Report on vaccination in Madras 1922-1929 - 1922-1929
Year: 1922
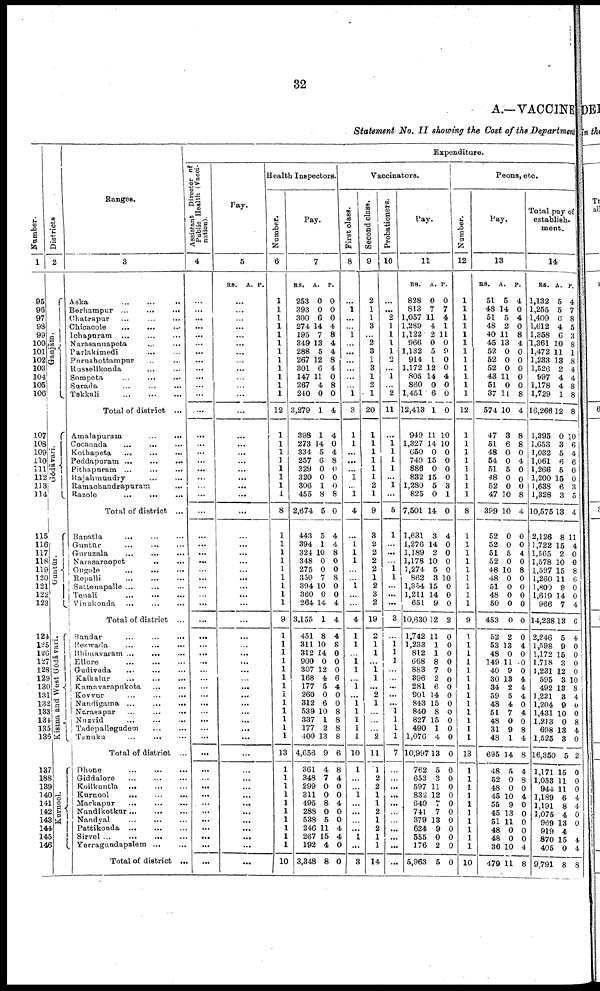
32
A.—VACCINE
Statement No. II showing the Cost of the Department
Number.
1
95
96
97
98
99
100
101
102
103
104
105
106
107
108
109
110
111
112
113
114
115
116
117
118
119
120
121
122
123
124
125
126
127
128
129
130
131
132
133
134
135
136
137
138
139
140
141
142
143
144
145
146
Districts
2
Ganjām.
Gōdāvari.
Guntūr.
Kistna and West Gōdāvari.
Kurnool.
Ranges.
3
Aska ... ... ...
Berhampur
...
...
...
Chatrapur ... ... ...
Chicacole ... ... ...
Ichapuram ... ... ...
Narasannapeta ... ...
Parlakimedi ... ... ...
Purushottampur ... ...
Russellkonda ... ...
Sompeta
...
...
...
Surada
...
...
...
Takkali
...
...
...
Total of district ...
Amalapuram
...
...
Cocanada ... ... ...
Kothapeta ... ... ...
Peddapuram
...
...
...
Pithapuram
...
...
...
Rajahmundry ... ...
Ramachandrapuram ...
Razole ... ... ...
Total of district. ...
Bapatla
... ... ...
Guntūr ... ... ...
Guruzala
...
...
...
Narasaraopet
...
...
Ongole ... ... ...
Repalli ... ... ...
Sattenapalle ... ... ...
Tenali
...
...
...
Vinukonda
...
...
...
Total of district ...
Bandar
...
...
...
Bezwada ... ... ...
Bhimavaram ... ... ...
Ellore
...
...
...
Gudivada ... ... ...
Kaikalur ... ... ...
Kamavarapukota ... ...
Kovvur
...
...
...
Nandigama
...
...
...
Narasapur
...
...
...
Nuzvid ... ... ...
Tadepallegudem
...
...
Tanuku ... ... ...
Total of district ...
Dhone
...
...
...
Giddalore ... ... ...
Koilkuntla ...
... ...
Kurnool
...
...
...
Markapur
... ... ...
Nandikotkur
...
...
...
Nandyal ... ... ...
Pattikonda
...
...
...
Sirvel ...
...
...
...
Yerragundapalem ... ...
Total of district ...
Expenditure.
Assistant Director of
Public Health (Vacci-
nation).
4
...
...
...
...
...
...
...
...
...
...
...
...
...
...
...
...
...
...
...
...
...
...
...
...
...
...
...
...
...
...
...
...
...
...
...
...
...
...
...
...
...
...
...
...
...
...
...
...
...
...
...
...
...
...
...
...
...
Pay.
5
RS. A. P.
...
...
...
...
...
...
...
...
...
...
...
...
...
...
...
...
...
...
...
...
...
...
...
...
...
...
...
...
...
...
...
...
...
...
...
...
...
...
...
...
...
...
...
...
...
...
...
...
...
...
...
...
...
...
...
...
...
Health Inspectors.
Number.
6
1
1
1
1
1
1
1
1
1
1
1
1
12
1
1
1
1
1
1
1
1
8
1
1
1
1
1
1
1
1
1
9
1
1
1
1
1
1
1
1
1
1
1
1
1
13
1
1
1
1
1
1
1
1
1
1
10
Pay.
7
RS.
253
393
300
274
195
349
288
267
301
147
267
240
3,279
398
273
334
257
329
320
306
455
2,674
443
394
324
348
275
350
394
360
264
3,155
451
311
312
900
307
168
177
260
312
539
337
177
400
4,656
361
348
299
311
495
288
538
246
267
192
3,348
A.
0
0
6
14
7
13
5
12
6
11
4
0
1
1
14
5
6
0
0
1
8
5
5
1
10
0
0
7
10
0
14
1
8
10
14
0
12
4
5
0
6
10
1
2
13
9
4
7
0
0
8
0
5
11
15
4
8
P.
0
0
0
4
8
4
4
8
4
0
8
0
4
4
0
4
8
0
0
0
8
0
4
4
8
0
0
8
0
0
4
4
4
8
0
0
0
6
4
0
0
8
8
8
8
6
8
4
0
0
4
0
0
4
4
0
0
Vaccinators.
First class.
8
...
1
...
...
1
...
...
...
...
...
...
1
3
1
1
...
...
...
1
...
1
4
...
1
1
1
...
...
1
...
...
4
1
1
...
1 1
...
1
...
1
1
1
1
1
10
1
...
...
1
...
...
...
...
1
...
3
Second class.
9
2
1
1
3
...
2
3
1
3
1
2
1
20
1
1
1
1
1
1
2
1
9
3
2
2
2
2
1
2
3
2
19
2
1
1
...
1
1
...
2
1
...
...
...
2
11
1
2
2
1
1
2
1
2
1
1
14
Probationers.
10
...
...
2
1
1
1
1
2
...
1
...
2
11
...
1 1
1
1
...
1
...
5
1
...
...
...
1
1
...
...
...
3
...
1
1
1
...
...
...
...
...
1
1
1
1
7
...
...
...
...
...
...
...
...
...
...
...
Pay.
11
RS.
828
813
1,057
1,289
1,122
966
1,132
914
1,172
805
860
1,451
12,413
949
1,327
650
749
886
832
1,280
825
7,501
1,631
1,276
1,189
1,178
1,274
862
1,354
1,211
651
10,630
1,742
1,233
812
668
883
396
281
901
843
840
827
490
1,076
10,997
762
653
597
832
640
741
379
624
555
176
5,963
A.
0
7
11
4
2
0
5
1
12
14
0
6
1
11
14
0
15
0
15
5
0
14
3
14
2
10
5
3
15
14
9
12
11
1
1
8
7
2
6
14
15
8
15
1
4
13
5
3
11
12
7
7
13
9
0
2
5
P.
0
7
4
1
11
0
9
0
0
4
0
0
0
10
10
0
0
0
0
3
1
0
4
0
0
0
0
10
0
0
0
2
0
0
0
0
0
0
0
0
0
0
0
0
0
0
0
0
0
0
0
0
0
0
0
0
0
Peons, etc.
Number.
12
1
1
1
1
1
1
1
1
1
1
1
1
12
1
1
1
1
1
1
1
1
8
1
1
1
1
1
1
1
1
1
9
1
1
1
1
1
1
1
1
1
1
1
1
1
13
1
1
1
1
1
1
1
1
1
1
10
Pay.
13
RS.
51
48
51
48
40
45
52
52
52
43
51
37
574
47
51
48
54
51
48
52
47
399
52
52
51
52
48
48
51
48
50
453
52
53
48
149
40
30
34
59
48
51
48
31
48
695
48
52
48
45
55
45
51
48
48
36
479
A.
5
14
5
2
11
13
0
0
0
11
0
11
10
3
6
0
0
5
0
0
10
10
0
0
5
0
10
0
0
0
0
0
2
13
0
11
9
13
2
5
4
7
0
9
1
14
5
0
0
10
9
13
11
0
0
10
11
P.
4
0
4
0
8
4
0
0
0
0
0
8
4
8
8
0
4
0
0
0
8
4
0
0
4
0
8
0
0
0
0
0
0
4
0
0
0
4
4
4
0
4
0
8
4
8
4
8
0
4
0
0
0
0 0
4
8
Total pay of
establish-
ment.
14
RS.
1,132
1,255
1,409
1,612
1,358
1,361
1,472
1,233
1,526
997
1,178
1,729
16,266
1,395
1,653
1,032
1,061
1,266
1,200
1,638
1,328
10,575
2,126
1,722
1,565
1,578
1,597
1,260
1,800
1,619
966
14,238
2,246
1,598
1,172
1,718
1,231
595
492
1,221
1,204
1,431
1,213
698
1,525
16,350
1,171
1,053
944
1,189
1,191
1,075
969
919
870
405
9,791
A.
5
5
6
4
6
10
11
13
2
4
4
1
12
0
3
5
6
5
15
6
3
13
8
15
2
10
15
11
9
14
7
13
5
9
15
3
12
3
13
3
9
10
0
13
3
5
15
11
11
6
8
4
13
4
15
0
8
P.
4
7
8
5
3
8
1
8
4
4
8
8
8
10
6
4
6
0
0
3
5
4
11
4
0
0
8
6
0
0
4
6
4
0
0
0
0
10
8
4
0
0
8
4
0
2
0
0
0
4
4
0
0
...
4
4
8